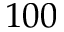
1 0 0